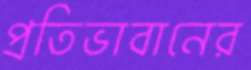
প্রতিভাবানের